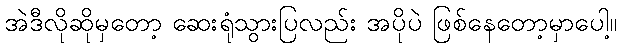
အဲဒီလိုဆိုမှတော့ ဆေးရုံသွားပြလည်း အပိုပဲ ဖြစ်နေတော့မှာပေါ့။